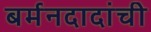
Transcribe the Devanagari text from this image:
बर्मनदादांची